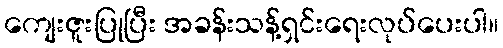
ကျေးဇူးပြုပြီး အခန်းသန့်ရှင်းရေးလုပ်ပေးပါ။